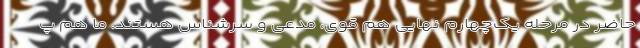
حاضر در مرحله یک‌چهارم نهایی هم قوی، مدعی و سرشناس هستند. ما هم پ